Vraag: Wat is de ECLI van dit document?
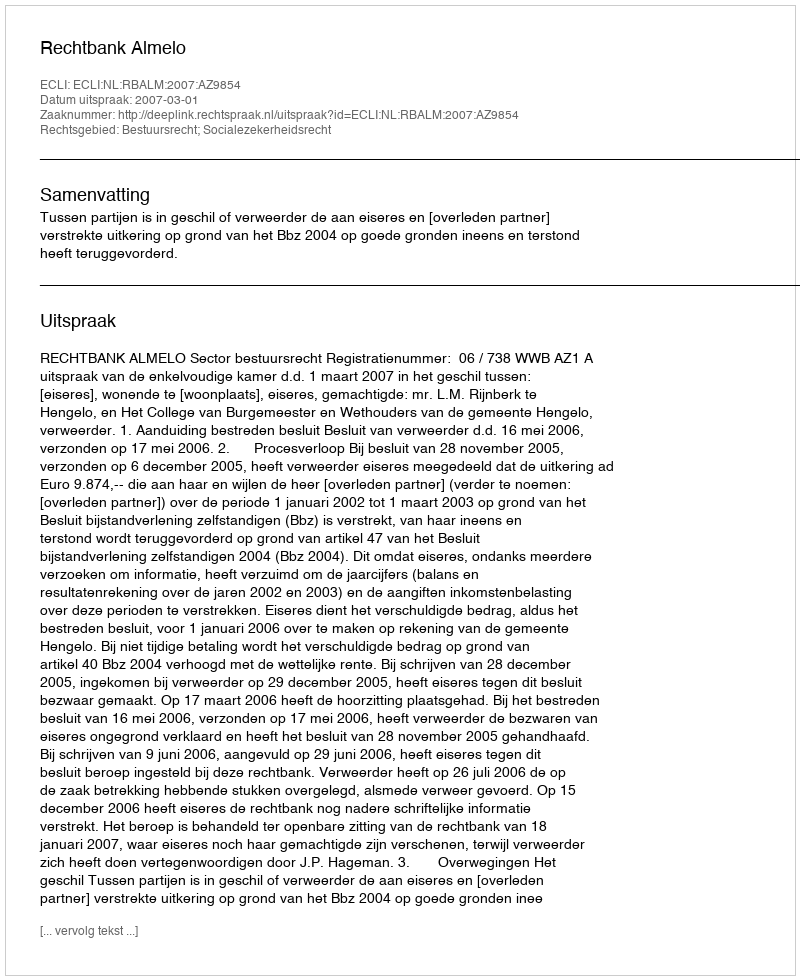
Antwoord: ECLI:NL:RBALM:2007:AZ9854